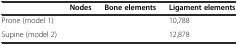
<table><thead><tr><td>[EMPTY_CELL]</td><td><b>Nodes</b></td><td><b>Bone elements</b></td><td><b>Ligament elements</b></td></tr></thead><tbody><tr><td>Prone (model 1)</td><td>[EMPTY_CELL]</td><td>[EMPTY_CELL]</td><td>10,788</td></tr><tr><td>Supine (model 2)</td><td>[EMPTY_CELL]</td><td>[EMPTY_CELL]</td><td>12,878</td></tr></tbody></table>